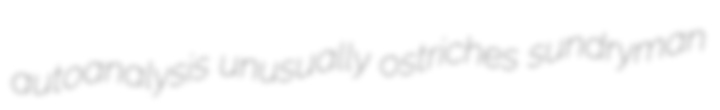
autoanalysis unusually ostriches sundryman